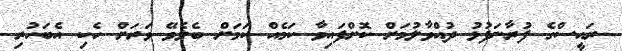
ރައީސްގެ ފުރާނަފުޅު ދުއްވާލުމަށް ކޮށްފައިވާ ކަމެއް ކަމަށް ބެލެވޭ ވަރަށް ހެކި އެބަހުރި